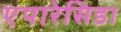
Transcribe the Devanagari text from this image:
एपारेसिडा